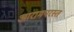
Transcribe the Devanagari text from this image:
आरामपरस्त